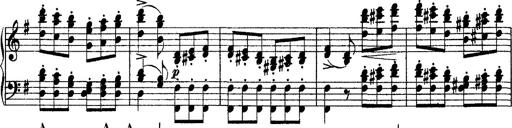
Title: Morceau de Salon
Composer: Josef Adalbert Pacher
Key: D-flat major